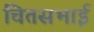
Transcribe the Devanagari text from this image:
चितसभाई